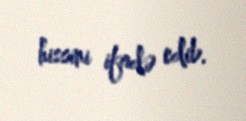
hissini ifadə edib.